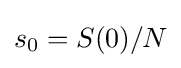
s_{0}=S(0)/N